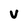
Character: v